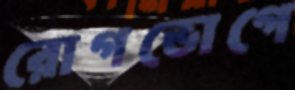
রোগভোগে